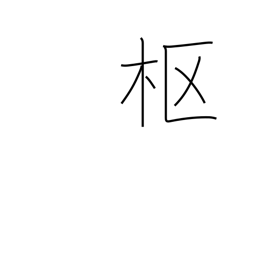
Meaning: center of things